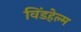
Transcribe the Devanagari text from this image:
विंडहेल्म